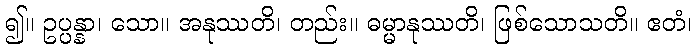
၍။ ဥပ္ပန္နာ၊ သော။ အနုဿတိ၊ တည်း။ ဓမ္မာနုဿတိ၊ ဖြစ်သောသတိ။ ဧတံ၊